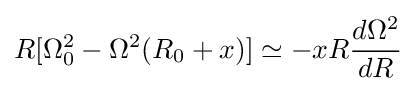
R[\Omega _{0}^{2}-\Omega ^{2}(R_{0}+x)]\simeq -xR{d\Omega ^{2} \over dR}